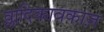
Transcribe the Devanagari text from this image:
व्लादिकावकाज़